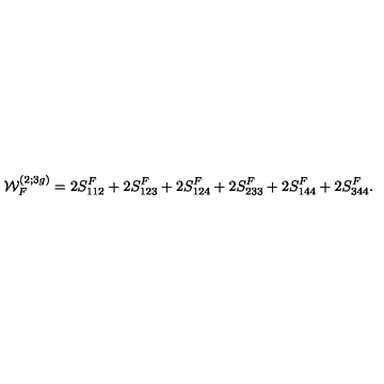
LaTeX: { \cal W } _ { F } ^ { ( 2 ; 3 g ) } = 2 S _ { 1 1 2 } ^ { F } + 2 S _ { 1 2 3 } ^ { F } + 2 S _ { 1 2 4 } ^ { F } + 2 S _ { 2 3 3 } ^ { F } + 2 S _ { 1 4 4 } ^ { F } + 2 S _ { 3 4 4 } ^ { F } .